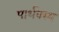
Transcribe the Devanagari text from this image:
पार्थक्स्य